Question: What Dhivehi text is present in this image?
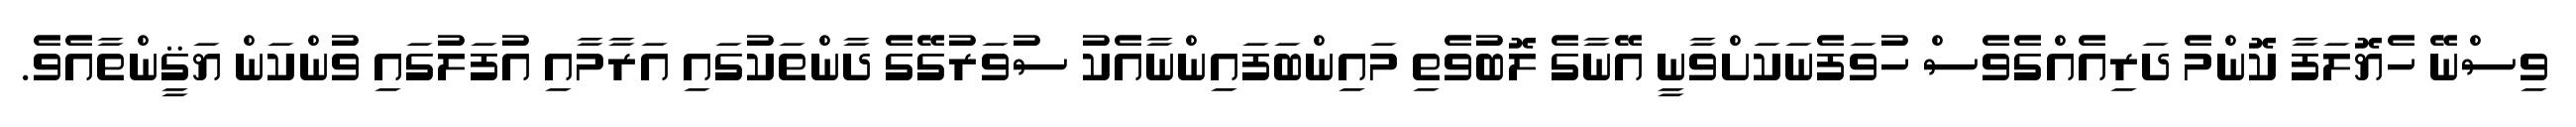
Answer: ވިސްނޭ ހެޔޮލަފާ ކޮންމެ ދަރިއެއްގެވެސް ހުވަފެނަކަށްވާނީ އޭނާގެ ލޮބުވެތި މައިންބަފައިންނާއެކު ސުވަރުގޭގެ ދާންތަކުގައި އަރާމާއި އުފަލުގައި ވުންކަން ޔަޤީންތާއެވެ.